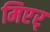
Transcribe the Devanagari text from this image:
मिएर्